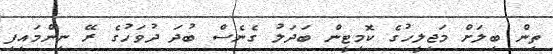
ތިން ބިލަށް މަޖިލީހުގެ ކޮމިޓީން ބަދަލު ގެނެސް ބުދަ ދުވަހުގެ ރޭ ނިންމައިފި